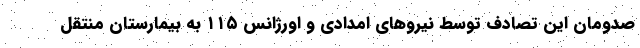
صدومان این تصادف توسط نیروهای امدادی و اورژانس ۱۱۵ به بیمارستان منتقل